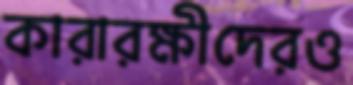
কারারক্ষীদেরও